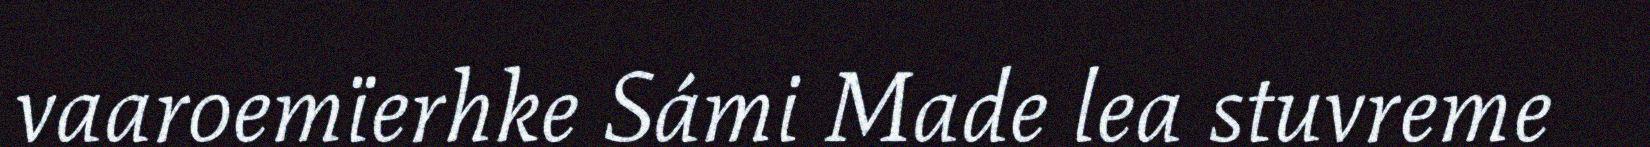
vaaroemïerhke Sámi Made lea stuvreme